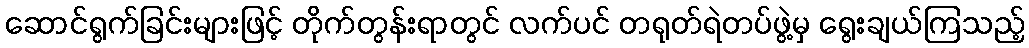
ဆောင်ရွက်ခြင်းများဖြင့် တိုက်တွန်းရာတွင် လက်ပင် တရုတ်ရဲတပ်ဖွဲ့မှ ရွေးချယ်ကြသည့်